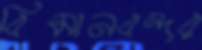
বিমানবন্দর